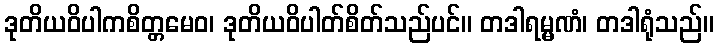
ဒုတိယဝိပါကစိတ္တမေဝ၊ ဒုတိယဝိပါတ်စိတ်သည်ပင်။ တဒါရမ္မဏံ၊ တဒါရုံသည်။